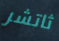
ثاتشر